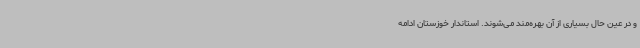
و در عین حال بسیاری از آن بهره‌مند می‌شوند. استاندار خوزستان ادامه